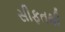
સીફતથી